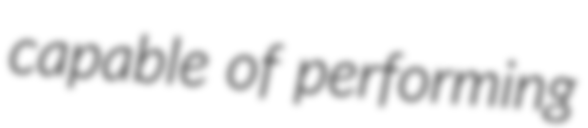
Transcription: capable of performing